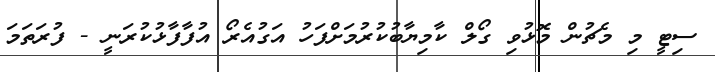
ސިޓީ މި މެޗުން މޮޅުވި ގޯލް ކާމިޔާބުކުރުމަށްފަހު އަގުއެރޯ އުފާފާޅުކުރަނީ - ފުރަތަމަ